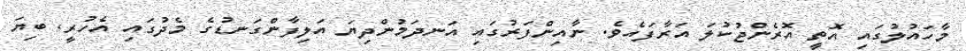
މާހައުލުގައި އޮތީ އޮރެންޖުކުލަ އަރާފައެވެ. ނާއިންފަރުގައި އަނދަމުންދިޔަ އަލިފާންގަނޑުގެ މެދުގައި އެހުރީ